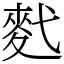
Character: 䴬